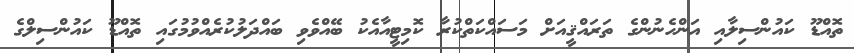
ތޮއްޑޫޫ ކައުންސިލާއި އަންހެނުންގެ ތަރައްޤީއަށް މަސައްކަތްކުރާ ކޮމިޓީއާއެކު ބޭއްވެވި ބައްދަލުކުރެއްވުމުގައި ތޮއްޑޫ ކައުންސިލްގެ